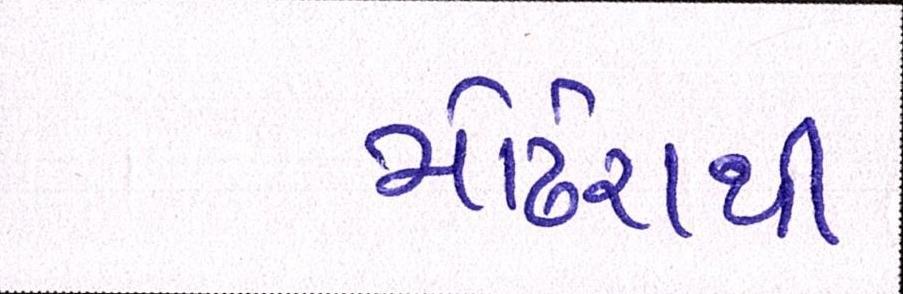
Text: મોઢેરાથી